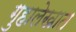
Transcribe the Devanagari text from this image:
गुहालेखात